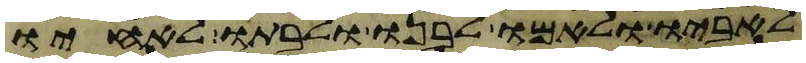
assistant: לאביו ולאמו לבנו ולבתו לאחיו